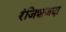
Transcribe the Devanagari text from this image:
रंजिशजदा